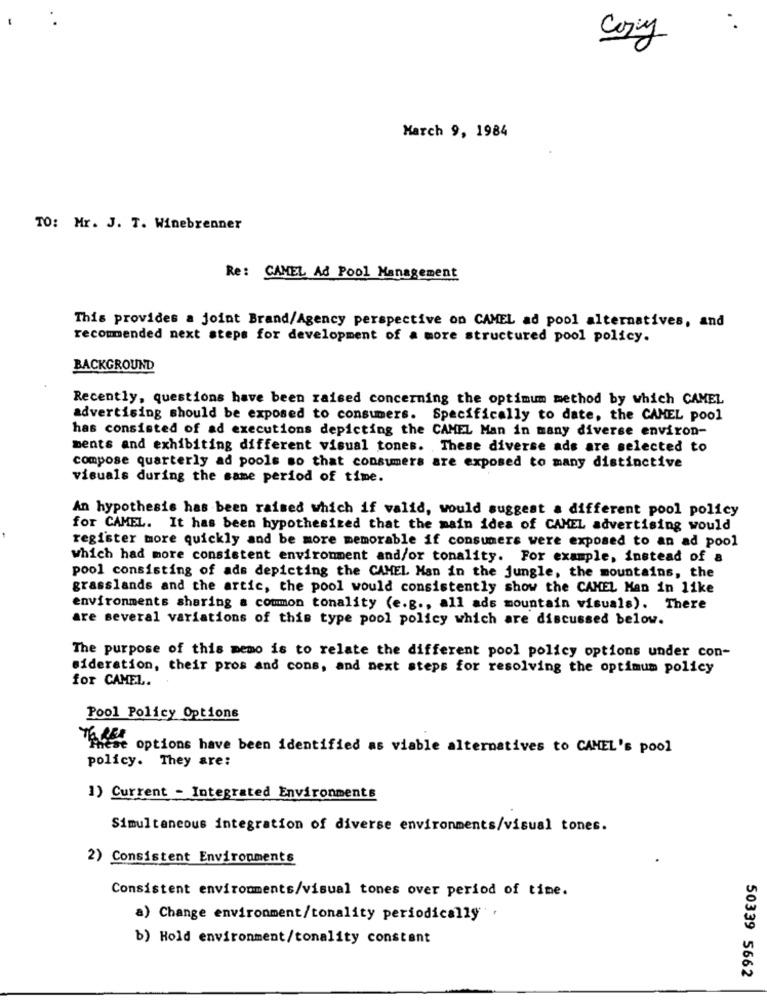
Copy
March 9, 1984
TO: Mr. J. T. Winebrenner
Re : CAMEL Ad Pool Management
This provides a joint Brand/Agency perspective on CAMEL ad pool alternatives, and
recommended next steps for development of a more structured pool policy.
BACKGROUND
Recently, questions have been raised concerning the optimum method by which CAMEL
advertising should be exposed to consumers. Specifically to date, the CAMEL pool
has consisted of ad executions depicting the CAMEL Man in many diverse environ-
ments and exhibiting different visual tones. These diverse ads are selected to
compose quarterly ad pools so that consumers are exposed to many distinctive
visuals during the same period of time.
An hypothesis has been raised which if valid, would suggest a different pool policy
for CAMEL. It has been hypothesized that the main idea of CAMEL advertising would
register more quickly and be more memorable if consumers were exposed to an ad pool
which had more consistent environment and/or tonality. For example, instead of a
pool consisting of ads depicting the CAMEL Man in the jungle, the mountains, the
grasslands and the artic, the pool would consistently show the CAMEL Man in like
environments sharing a common tonality (e.g ., all ads mountain visuals). There
are several variations of this type pool policy which are discussed below.
The purpose of this memo is to relate the different pool policy options under con-
sideration, their pros and cons, and next steps for resolving the optimum policy
for CAMEL.
Pool Policy Options
"miese options have been identified as viable alternatives to CAMEL's pool
policy. They are:
1) Current - Integrated Environments
Simultaneous integration of diverse environments/visual tones.
2) Consistent Environments
Consistent environments/visual tones over period of time.
a) Change environment/tonality periodically
b) Hold environment/tonality constant
50339 5662